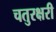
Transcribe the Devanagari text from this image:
चतुरक्षरी